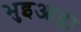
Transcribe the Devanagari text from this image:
भुइआम्ला